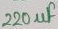
Text: 220µF